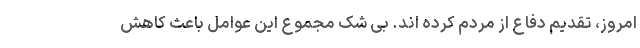
امروز، تقدیم دفاع از مردم کرده اند. بی شک مجموع این عوامل باعث کاهش